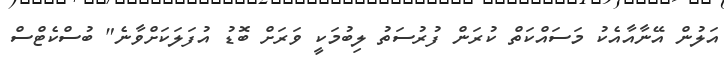
އަލުން އޭނާއާއެކު މަސައްކަތް ކުރަން ފުރުސަތު ލިބުމަކީ ވަރަށް ބޮޑު އުފަލަކަށްވާނެ" ބުސްކެޓްސް